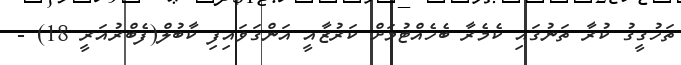
ތަހުގީގު ކުރާ ތަނުގައި ކެމެރާ ބެހެއްޓުމަށް ކަރުޒާއީ އަންގަވައިފި ކާބުލް(ފެބްރުއަރީ 18) -